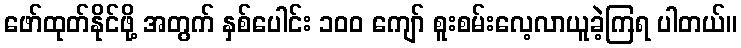
ဖော်ထုတ်နိုင်ဖို့ အတွက် နှစ်ပေါင်း ၁၀၀ ကျော် စူးစမ်းလေ့လာယူခဲ့ကြရ ပါတယ်။